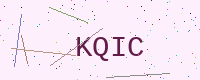
Text: KQIC